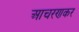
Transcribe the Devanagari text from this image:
आचरणकर